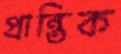
প্রান্তিক